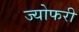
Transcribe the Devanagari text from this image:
ज्योफरी